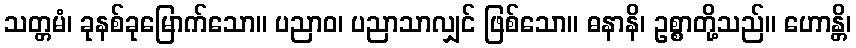
သတ္တမံ၊ ခုနစ်ခုမြောက်သော။ ပညာဝ၊ ပညာသာလျှင် ဖြစ်သော။ ဓနာနိ၊ ဥစ္စာတို့သည်။ ဟောန္တိ၊